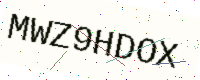
Text: MWZ9HDOX